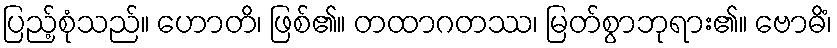
ပြည့်စုံသည်။ ဟောတိ၊ ဖြစ်၏။ တထာဂတဿ၊ မြတ်စွာဘုရား၏။ ဗောဓိံ၊